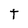
Character: t